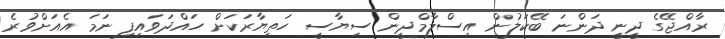
ރާއްޖޭގެ ދީނީ ދަންނަ ބޭކަލުން އިސްލާމްދީން ސިޔާސީ ހަތިޔާރަކަށް ހައްދަވައިފި ނަމަ އެއަށްވުރެ